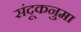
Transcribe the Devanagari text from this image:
संदूकनुमा